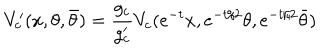
V _ { c } ^ { \prime } ( x , \theta , \bar { \theta } ) = \frac { g _ { c } } { g _ { c } ^ { \prime } } V _ { c } ( e ^ { - t } x , e ^ { - t / 2 } \theta , e ^ { - t / 2 } \bar { \theta } )